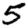
Digit: 5